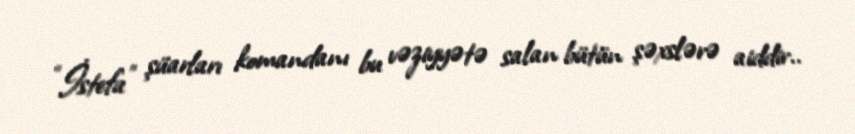
“İstefa” şüarları komandanı bu vəziyyətə salan bütün şəxslərə aiddir..